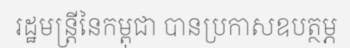
រដ្ឋមន្ត្រីនៃកម្ពុជា បានប្រកាសឧបត្ថម្ភ